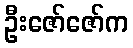
ဦးဇော်ဇော်က